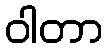
ဝါတာ